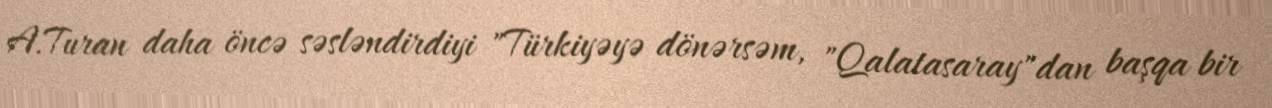
A.Turan daha öncə səsləndirdiyi "Türkiyəyə dönərsəm, "Qalatasaray"dan başqa bir